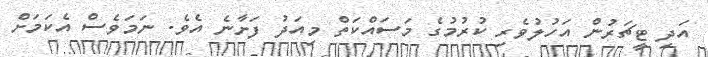
އަދި ޓީޗަރުން އަހުލުވެރި ކުުރުމުގެ މަސައްކަތް މިއަދު ފަށާނެ އެވެ. ނަމަވެސް އެކަމަށް